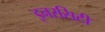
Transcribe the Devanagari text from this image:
इनरसिटी